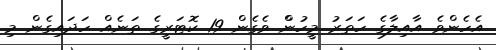
އެހެންވެ އާއިލާގެ ހަތަރު މީހުންް ވެގެން 19 ކޮޓަރީގެ ތަނެއް ހަދައިގެން މި